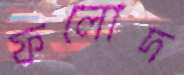
ফলোদ